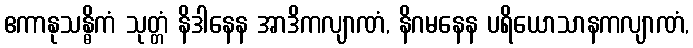
ဧကာနုသန္ဓိကံ သုတ္တံ နိဒါနေန အာဒိကလျာဏံ, နိဂမနေန ပရိယောသာနကလျာဏံ,